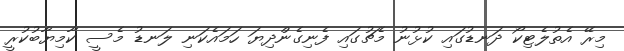
މިރޭ އެތުލެޓިކޯ ދަނޑުގައި ކުޅުނު މެޗުގައި ފެނިގެންދިޔަ ހަމައެކަނި ލަނޑު މެސީ ކާމިޔާބުކުރީ